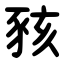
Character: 豥